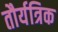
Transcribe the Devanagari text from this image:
तौर्यत्रिक